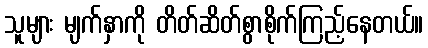
သူများ မျက်နှာကို တိတ်ဆိတ်စွာစိုက်ကြည့်နေတယ်။